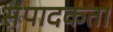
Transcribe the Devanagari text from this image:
संपादकता